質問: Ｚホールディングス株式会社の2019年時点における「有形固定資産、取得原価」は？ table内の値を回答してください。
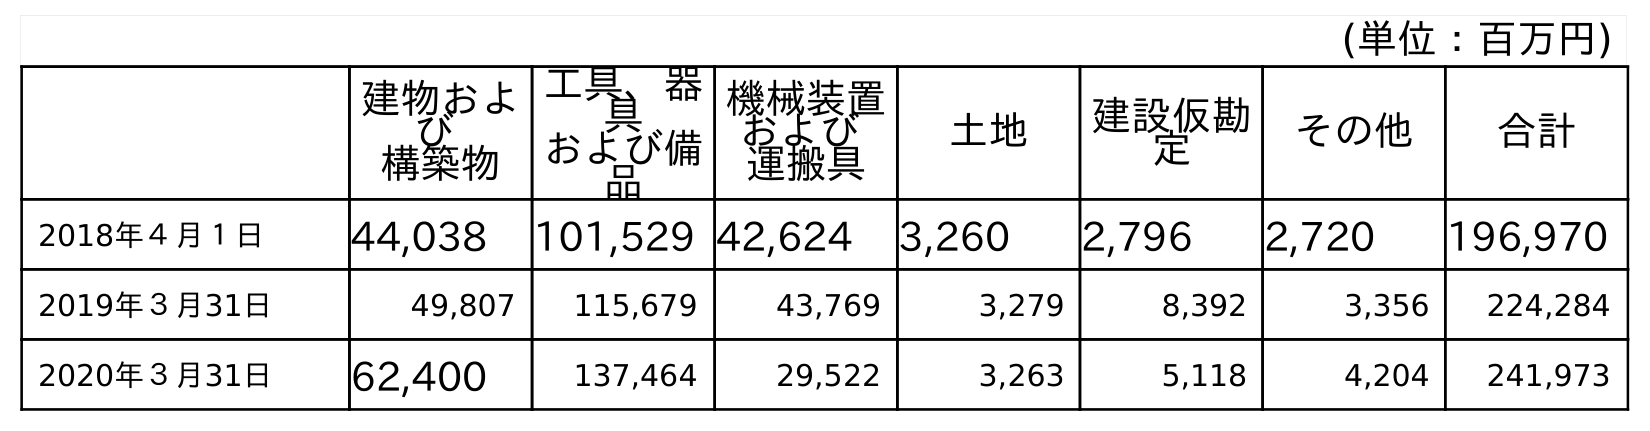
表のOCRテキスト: (単位：百万円) 建物およ び 構築物 工具、器 具 および備 品 機械装置 および 運搬具 土地 建設仮勘 定 その他 合計 2018年４月１日 44,038 101,529 42,624 3,260 2,796 2,720 196,970 2019年３月31日 49,807 115,679 43,769 3,279 8,392 3,356 224,284 2020年３月31日 62,400 137,464 29,522 3,263 5,118 4,204 241,973
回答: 224,284